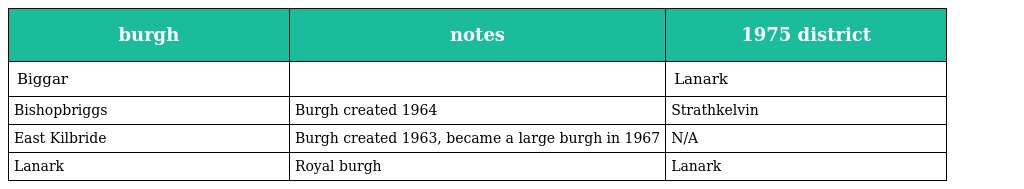
| burgh | notes | 1975 district |
 | --- | --- | --- |
 | Biggar |  | Lanark |
 | Bishopbriggs | Burgh created 1964 | Strathkelvin |
 | East Kilbride | Burgh created 1963, became a large burgh in 1967 | N/A |
 | Lanark | Royal burgh | Lanark |